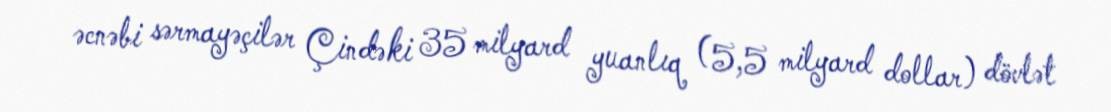
əcnəbi sərmayəçilər Çindəki 35 milyard yuanlıq (5,5 milyard dollar) dövlət